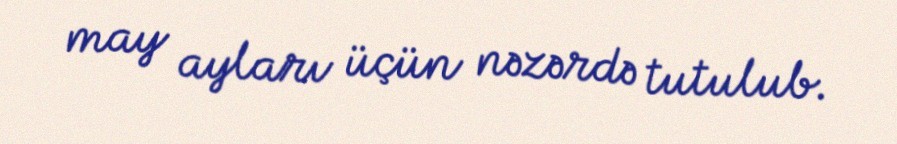
may ayları üçün nəzərdə tutulub.